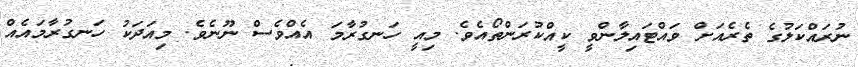
ނުރައްކަލުގެ ތެރެއަށް ވައްޓައިލާންވީ ކީއްކުރަންތޯއެވެ. މިއީ ހަނގުރާމަ އެއްވެސް ނޫނެވެ. މިއަދަކު ހަނގުރާމައެއް